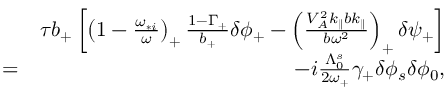
\begin{array} { r l r } & { } & { \tau b _ { + } \left[ \left( 1 - \frac { \omega _ { * i } } { \omega } \right) _ { + } \frac { 1 - \Gamma _ { + } } { b _ { + } } \delta \phi _ { + } - \left( \frac { V _ { A } ^ { 2 } k _ { \parallel } b k _ { \parallel } } { b \omega ^ { 2 } } \right) _ { + } \delta \psi _ { + } \right] } \\ & { = } & { - i \frac { \Lambda _ { 0 } ^ { s } } { 2 \omega _ { + } } \gamma _ { + } \delta \phi _ { s } \delta \phi _ { 0 } , } \end{array}